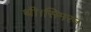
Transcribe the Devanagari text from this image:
थी।सिमरन